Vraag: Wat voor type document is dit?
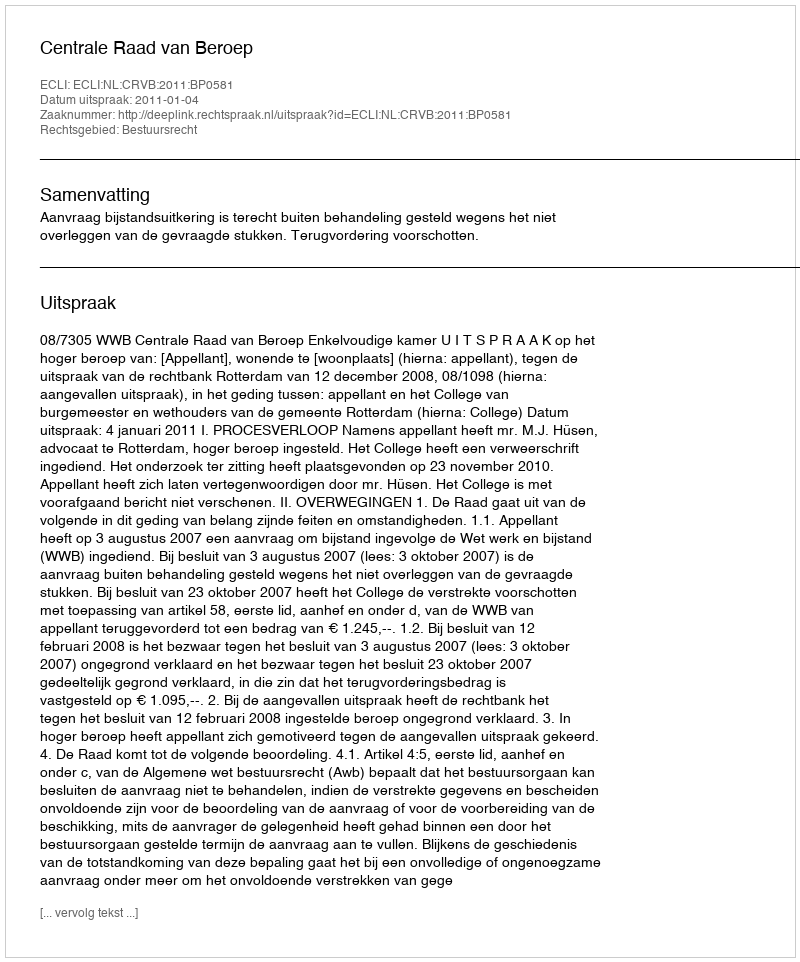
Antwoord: Uitspraak